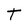
Character: t